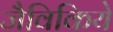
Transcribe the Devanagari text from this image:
जैविकिये